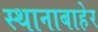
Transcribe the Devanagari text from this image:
स्थानाबाहेर